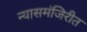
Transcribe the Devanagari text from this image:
न्यासमंजिरीत